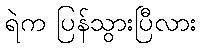
ရဲက ပြန်သွားပြီလား